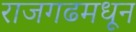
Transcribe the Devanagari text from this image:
राजगढमधून